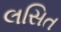
લસિત